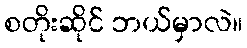
စတိုးဆိုင် ဘယ်မှာလဲ။